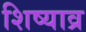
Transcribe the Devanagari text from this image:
शिष्याव्र